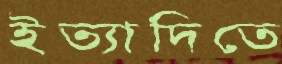
ইত্যাদিতে